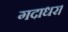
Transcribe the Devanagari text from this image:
गदाधर।